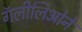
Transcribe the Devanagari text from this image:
गॅलीलिओने